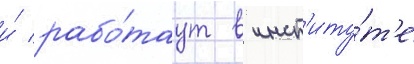
и́ рабо́таут в инст'иту́т'е